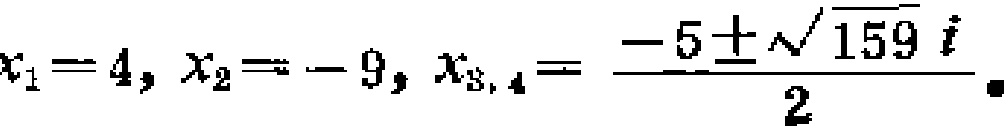
$x_{1}=4, x_{2}=-9, x_{3,4}=\frac{-5\pm\sqrt{159}i}{2}.$